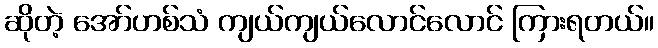
ဆိုတဲ့ အော်ဟစ်သံ ကျယ်ကျယ်လောင်လောင် ကြားရတယ်။